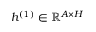
h ^ { ( 1 ) } \in \mathbb { R } ^ { A \times H }